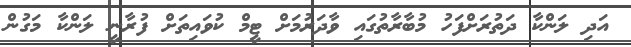
އަދި ލަންކާ ދަތުރަށްފަހު މުބާރާތުގައި ވާދަރުމަށް ޓީމް ކުވައިތަށް ފުރާނީ ލަންކާ މަގުން